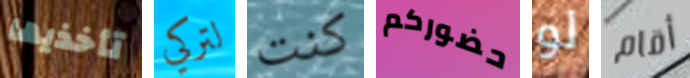
تأخذيها لتركي كنت حضوركم لو أقام